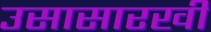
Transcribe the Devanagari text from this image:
उसासारखी